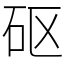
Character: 𥐰